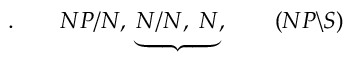
. \qquad N P / N , \; \underbrace { N / N , \; N } , \qquad ( N P \backslash S )